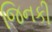
જિનકી